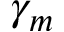
\gamma _ { m }